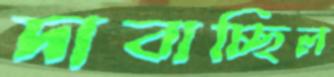
দাবাচ্ছিল